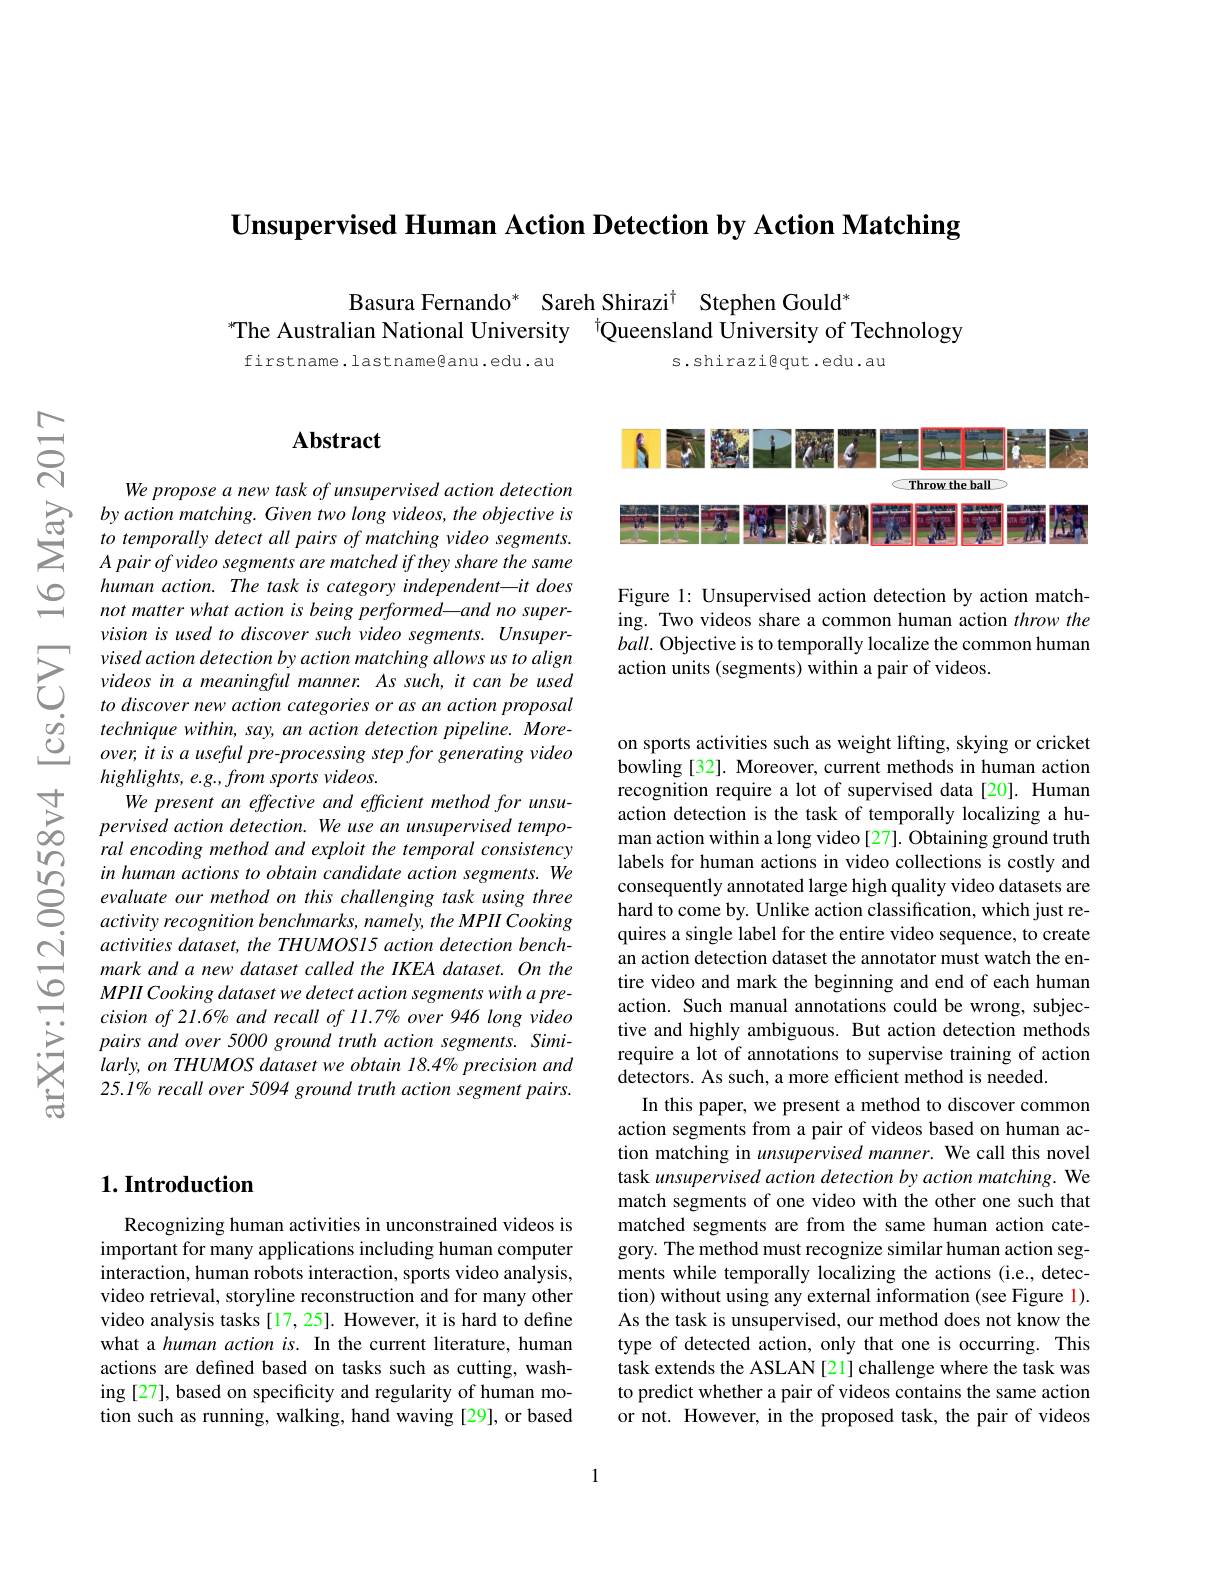
$\textbf{Unsupervised Human Action Detection by Action Matching}$

Basura Fernando* Sareh Shirazi$^{\dagger}$ Stephen Gould"
$^{*}$The Australian National University $^{\dagger}$Queensland University of Technology
firstname.lastname@anu.edu.au
s.shirazi@qut.edu.au

$ਨਨੇ$

$vn$

## $\mathbf{Abstract}$

We propose a new task of unsupervised action detection
$\sum_{\begin{array}{cc}\text{G}&\text{by action matching. Given two long videos, the objective is}\\\text{to temporally detect all pairs of matching video segments.}\\\text{A pair of video segments are matched if they share the same}\end{array}}$
human action. The task is category independent—it does not matter what action is being performed-and no supervision is used to discover such video segments. Unsupervised action detection by action matching allows us to align videos in a meaningful manner. As such, it can be used to discover new action categories or as an action proposal technique within, say, an action detection pipeline. More- $over,itisauseful$ pre-processing step for generating video $highlights,e.g.,fromsportsvideos.$
in human actions to obtain candidate action segments. We Oevaluate our method on this challenging task using three activity recognition benchmarks, namely, the MPII Cooking
activity recognition benchmarks, namely, the MPII Cooking activities dataset, the THUMOS15 action detection benchmark and a new dataset called the IKEA dataset. On the MPII Cooking dataset we detect action segments with a pre- $cision\textit{ of 21. 6\% and recall of 11. 7\% over 946 long video}$ pairs and over 5000 ground truth action segments. Similarly, on THUMOS dataset we obtain 18.4% precision and 25.1% recall over 5094 ground truth action segment pairs.

Throw the ball

WT

Figure 1: Unsupervised action detection by action matching. Two videos share a common human action throw the $ball.$ Objective is to temporally localize the common human action units (segments) within a pair of videos.

on sports activities such as weight lifting, skying or cricket bowling [32]. Moreover, current methods in human action recognition require a lot of supervised data[20]. Human action detection is the task of temporally localizing a human action within a long video [27]. Obtaining ground truth labels for human actions in video collections is costly and consequently annotated large high quality video datasets are hard to come by. Unlike action classification, which just requires a single label for the entire video sequence, to create an action detection dataset the annotator must watch the entire video and mark the beginning and end of each human action. Such manual annotations could be wrong, subjective and highly ambiguous. But action detection methods require a lot of annotations to supervise training of action detectors. As such, a more efficient method is needed
In this paper, we present a method to discover common action segments from a pair of videos based on human action matching in unsupervised manner. We call this novel task unsupervised action detection by action matching. We match segments of one video with the other one such that matched segments are from the same human action category. The method must recognize similar human action segments while temporally localizing the actions (i.e., detection) without using any external information (see Figure 1). As the task is unsupervised, our method does not know the type of detected action, only that one is occurring. This task extends the ASLAN[21] challenge where the task was to predict whether a pair of videos contains the same action or not. However, in the proposed task, the pair of videos

## $1. \textbf{Introduction}$

Recognizing human activities in unconstrained videos is important for many applications including human computer interaction, human robots interaction, sports video analysis, video retrieval, storyline reconstruction and for many other video analysis tasks [17,25]. However, it is hard to define what a human action is. In the current literature, human actions are defined based on tasks such as cutting, washing [27], based on specificity and regularity of human motion such as running, walking, hand waving [29], or based

1